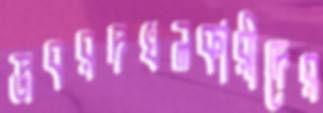
জবরদখলকারীদের